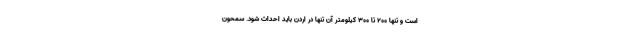
است و تنها ۲۰۰ تا ۳۰۰ کیلومتر آن تنها در اردن باید احداث شود. سمحون